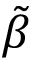
\tilde { \beta }